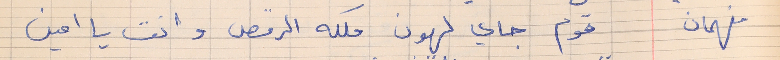
فهمان     قوم جاي لهون ملكه الرقص وانت يا امين